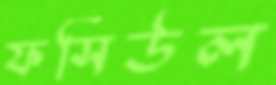
ফসিউল